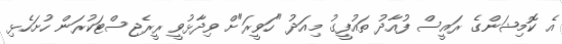
އެ ކޮމިޝަންގެ ރައީސް ފުއާދު ތައުފީގު މިއަދު "ހަވީރަ"ށް ވިދާޅުވީ ރީރެޖިސްޓަކުރަން ހުށަހެޅި